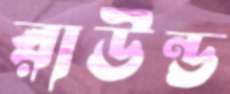
রাউন্ড